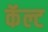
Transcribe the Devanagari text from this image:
कॅल्ट